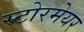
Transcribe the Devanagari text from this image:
स्टोरमेयर